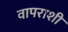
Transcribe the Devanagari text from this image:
वापराशी